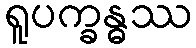
ရူပက္ခန္ဓဿ